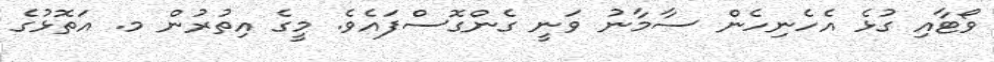
ވޯޓާއި ގުޅެ އެހެނިހެން ސާމާނު ވަނީ ގެންގޮސްފައެވެ. މީގެ އިތުރުން މ. އަތޮޅުގެ